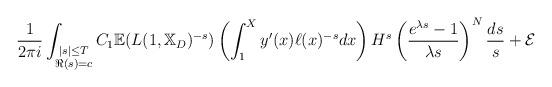
LaTeX: \begin{align*}\frac{1}{2\pi i}\int_{\substack{\vert s\vert\leq T\\\Re(s)=c}}C_1 \mathbb{E}(L(1,\mathbb{X}_D)^{-s})\left(\int_{1}^{X}y'(x)\ell(x)^{-s}dx\right)H^{s}\left(\frac{e^{\lambda s}-1}{\lambda s}\right)^{N}\frac{ds}{s}+\mathcal{E}\end{align*}